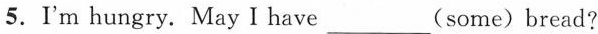
5.I'm hungry. May I have___(some)bread?